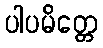
ပါပမိတ္တေ